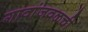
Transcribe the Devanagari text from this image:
गावांजवळची